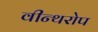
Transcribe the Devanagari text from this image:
वीन्थरोप